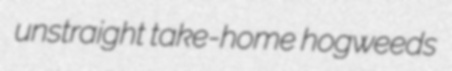
unstraight take-home hogweeds